Note on the mental hospitals in Burma - 1925-1940
Year: 1925
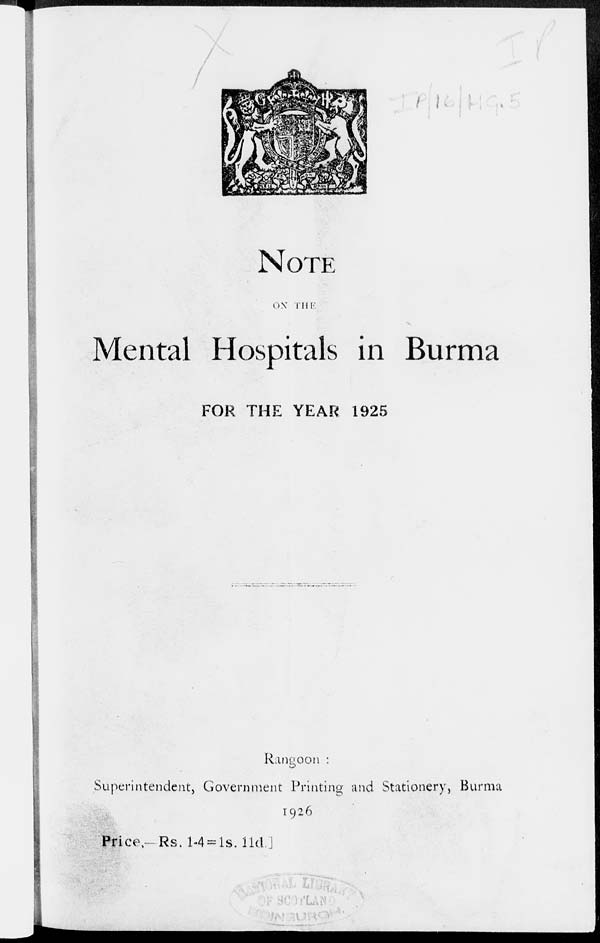
NOTE
ON THE
Mental Hospitals in Burma
FOR THE YEAR 1925
Rangoon :
Superintendent, Government Printing and Stationery, Burma
1926
Price,— Rs. 1-4 = 1s. 11d.]